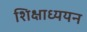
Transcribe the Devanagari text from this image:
शिक्षाध्ययन